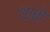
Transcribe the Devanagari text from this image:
थाके